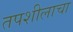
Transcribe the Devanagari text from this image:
तपशीलाचा